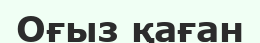
Оғыз қаған